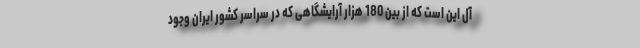
آل این است که از بین 180 هزار آرایشگاهی که در سراسر کشور ایران وجود